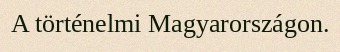
A történelmi Magyarországon.